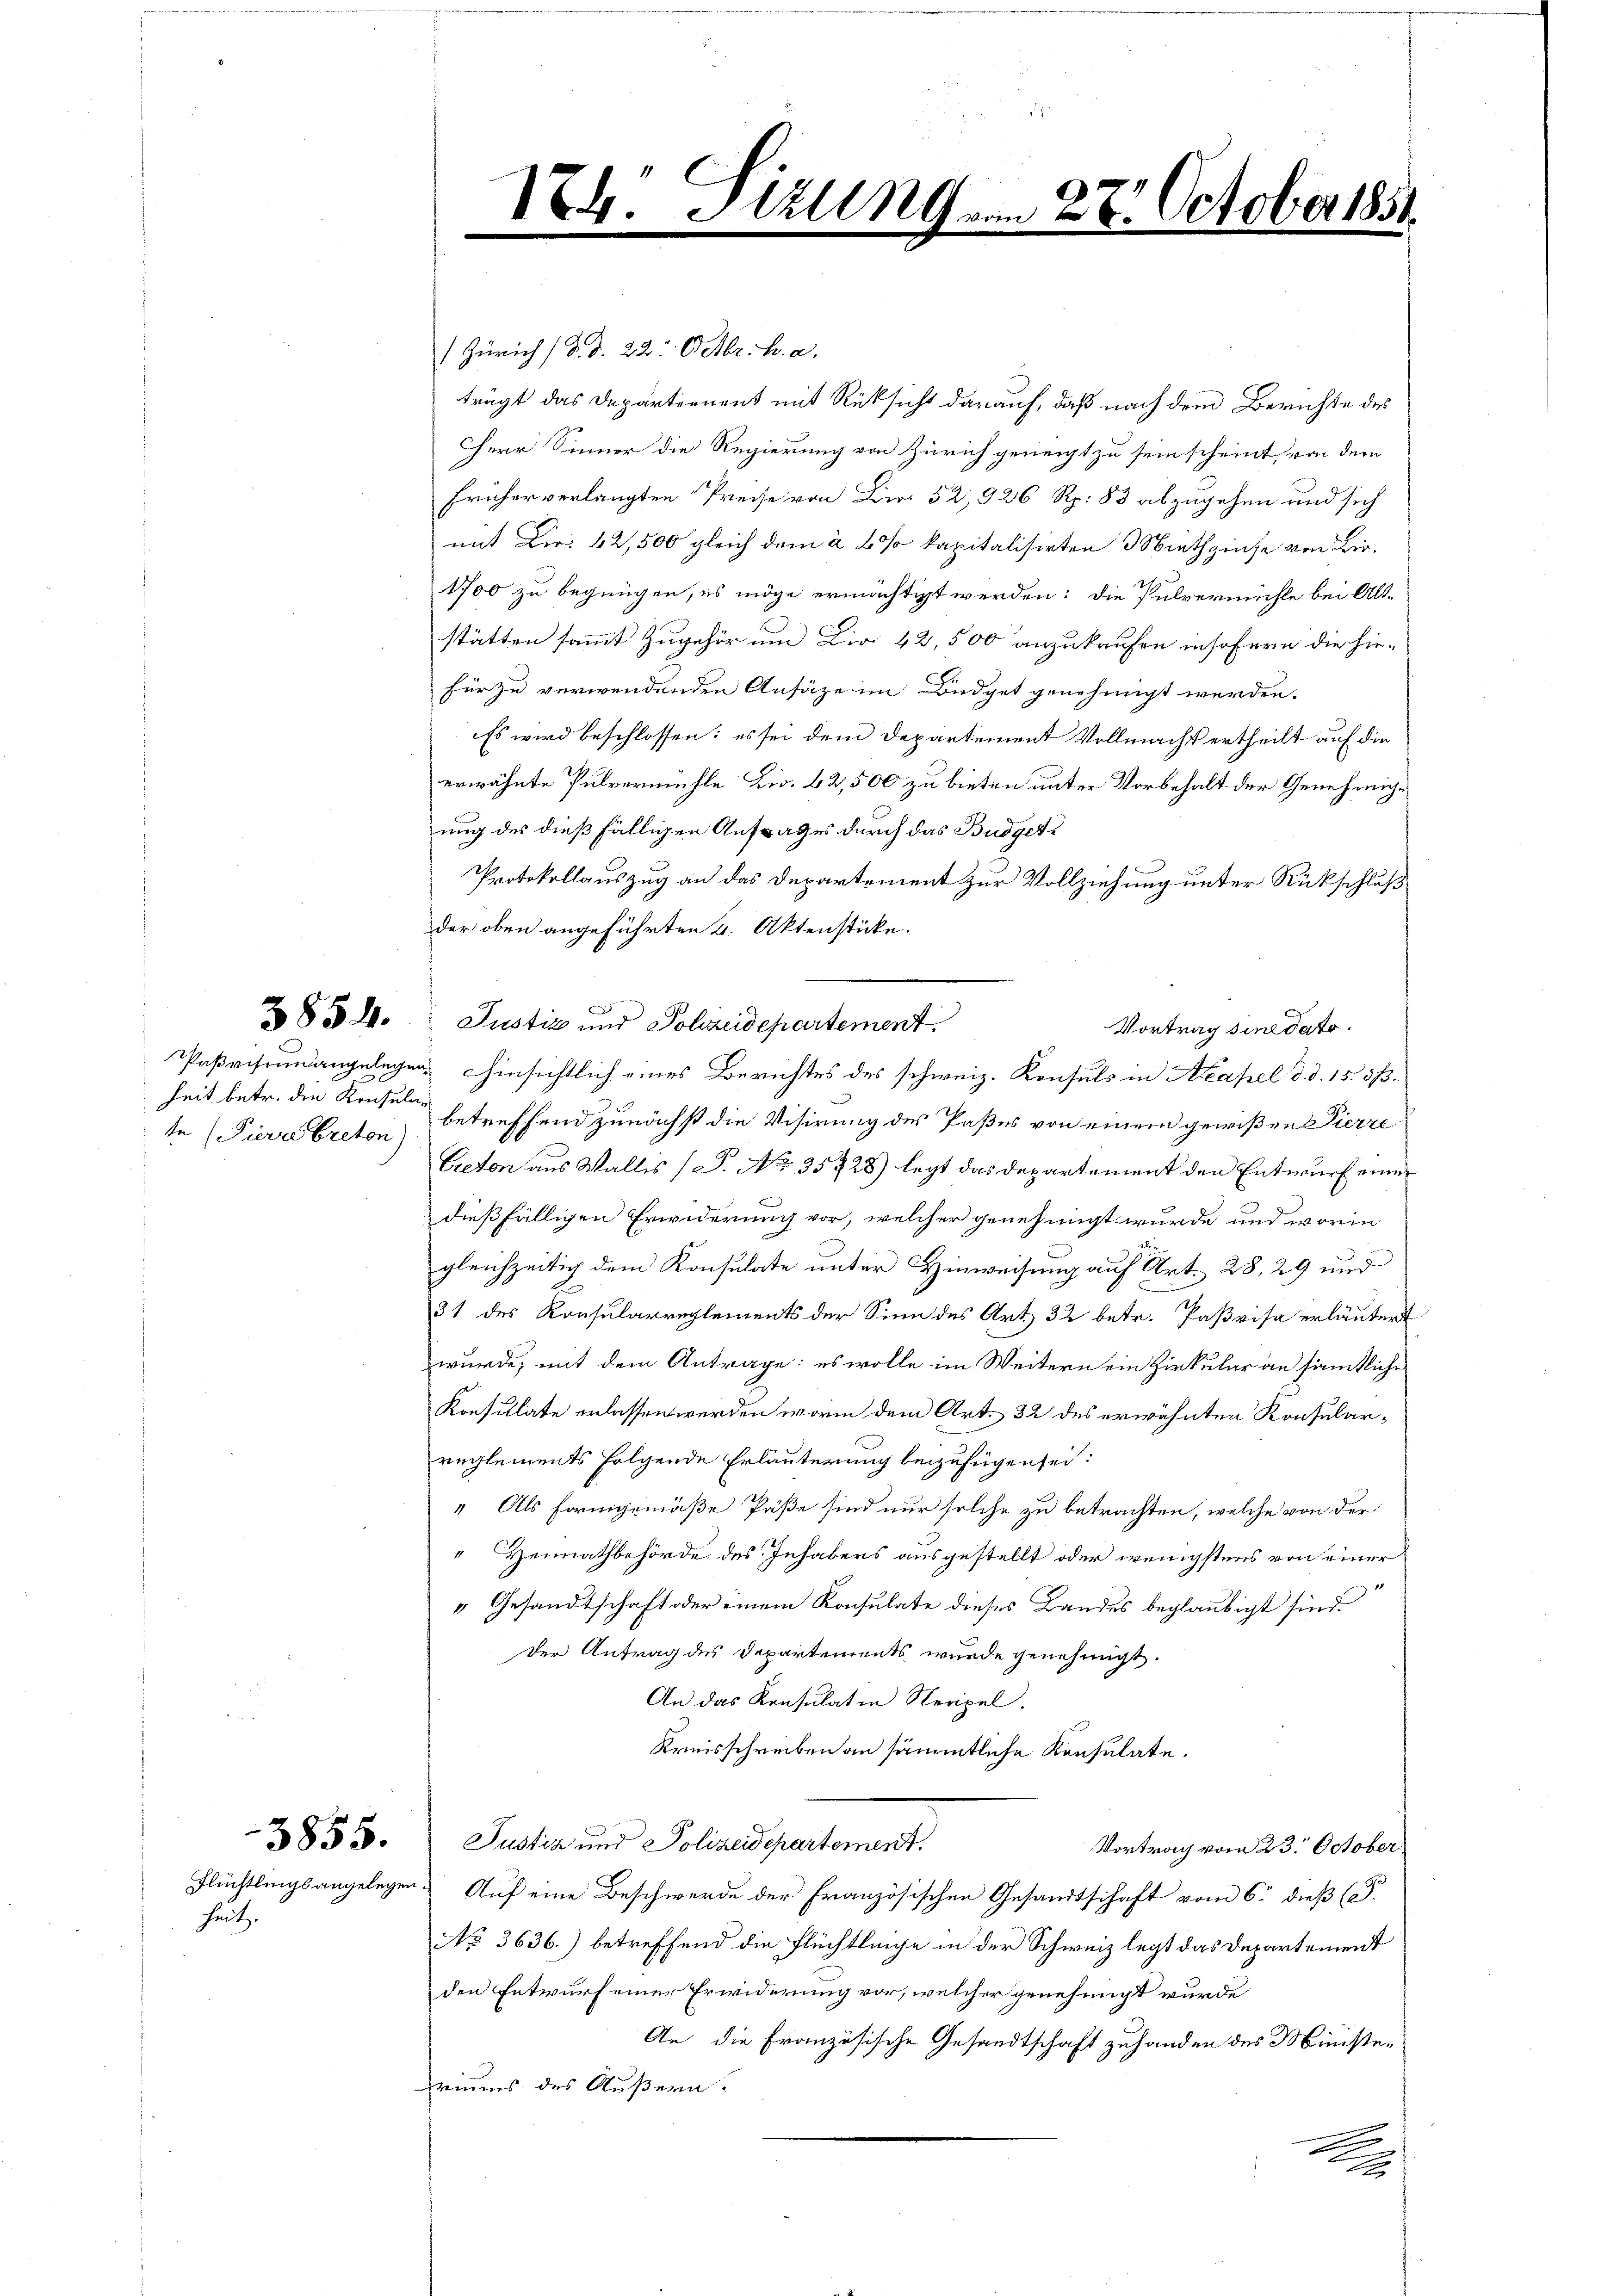
het.

heit betr. die Konsula¬

Zürich (d. d. 22. Octbr. h. a.
trägt das Departernent mit Rüksicht darauf, daß nach dem Berichte des
Herr Sinner die Regierung von Zürich geneigt zu sein scheint, von dem
früher verlangten Preise von Bir 52,926 Rp. 83 abzugehen und sich
mit Dir. 42,500 gleich dem à 60% kapitalisirten 3 Miethzinse von Bie¬
1700 zu begnügen, es möge ermächtigt werden: die Pulvermühle bei Alt-
stätten sammt Zugehör um Dir. 42,500 anzukaufen insofern die hie-
für zu verwendenden Ansätze im Büdget genehmigt werden.
Es wird beschlossen: es sei dem Departement Vollmacht ertheilt auf die
erwähnte Pulvermühle Dir. 42,500 zu bieten unter Vorbehalt der Genehmigung des dießfälligen Anfrages durch das Budget¬
Protokollauszug an das Departement zur Vollziehung unter Rückschluß
der oben angeführten 4. Aktenstücke.
852. Justiz und Sohzeidepartement.
Paßriseunangelegen, insichtlich eines Berichtes des schweiz. Konsuls in Neapel d. d. 15. dß.
te (Pierabreton) betreffend zunächst die Visirung des Paßes von einem gewißen Pierre
Ereton aus Wallis (S. Nr. 35728) legt das Departement den Entwurf einer
dießfälligen Erwiderung vor, welcher genehmigt wurde und worin
gleichzeitig dem Konsulate unter Hinweisung auf Art. 28, 29 und
31 des Konsularreglements der Sinn des Art. 32 betr. Parisa erläutert
wurde, mit dem Antrage: es wolle im Weitern ein Zirkular an sämtliche
Konsullate erlassen werden worin dem Art. 32 des erwähnten Konsularreglements folgende Erläuterung beizufügen sei:
" Als Formgemäße Päße sind nur solche zu betrachten, welche von der
“ Heimathbehörde des Inhabers ausgestellt oder wenigstens von einer
x
“ Gesandtschaft oder einem Konsulate dieses Landes beglaubigt sind.
der Antrag des Departements wurde genehmigt.
An das Konsulatin Neapel.
Kreisschreiben an sämmtliche Konsulate.
3855. Justiz und Polizeidepartement.
Vortrag vom 23. October
Flüchtlingsangelegen. Auf eine Beschwerde der Französischen Gesandtschaft vom 6. dieß (T.
No 3636.) betreffend die Flüchtleige in der Schweiz legt das Departement
den Entwurf einer Erwiderung vor, welcher genehmigt wurde
An die Französische Gesandtschaft zuhanden des Ministeriums des Äußern.
.
.
x

24. Sizungen

Vortrag sine dato.

2
8. October 1851